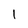
Character: I